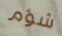
شؤم